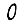
Digit: 0